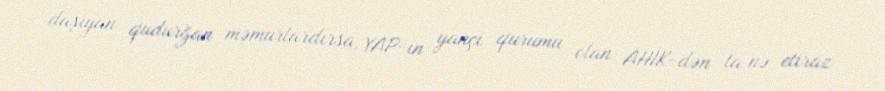
daşıyan qudurğan məmurlardırsa, YAP-ın yançı qurumu olan AHİK-dən ta nə etiraz